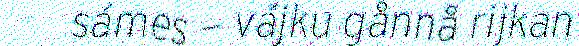
sámes – vájku gånnå rijkan